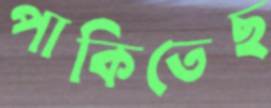
পাকিতেছ